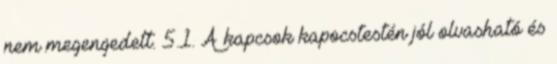
nem megengedett. 5.1. A kapcsok kapocstestén jól olvasható és